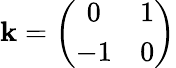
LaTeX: \mathbf{k}=\left(\begin{array}{cc}{{0}}&{{1}}\\ {{-1}}&{{0}}\end{array}\right)